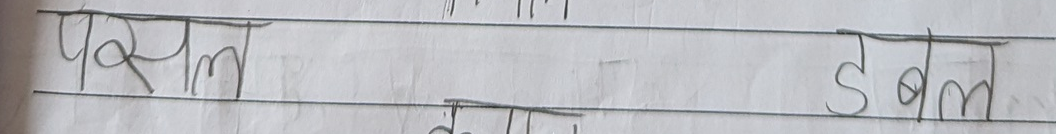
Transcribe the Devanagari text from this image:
फसल डबल